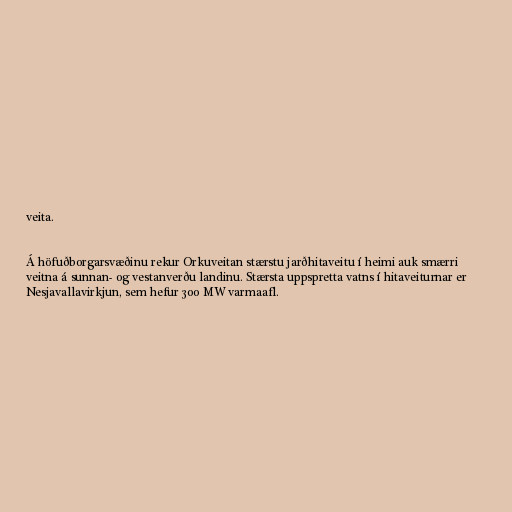
veita.

Á höfuðborgarsvæðinu rekur Orkuveitan stærstu jarðhitaveitu í heimi auk smærri
veitna á sunnan- og vestanverðu landinu. Stærsta uppspretta vatns í hitaveiturnar er
Nesjavallavirkjun, sem hefur 300 MW varmaafl.